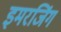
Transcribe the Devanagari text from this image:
इमरजिंग